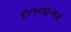
રતનાગર